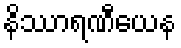
နိဿာရဏီယေန